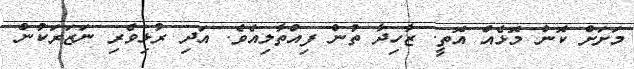
މަށަށް ކޮން މޮޅެއް އޮތީ. ޒާހިދާ ތުން ފިއްތާލިއެވެ. އަދި ރުޅިވެރި ނަޒަރަކުން